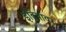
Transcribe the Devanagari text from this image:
इंद्रियांवर